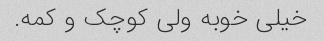
خیلی خوبه ولی کوچک و کمه.